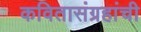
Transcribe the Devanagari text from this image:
कवितासंग्रहांची